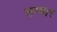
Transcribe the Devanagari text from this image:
सम्भार